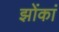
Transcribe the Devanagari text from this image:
झोंकां